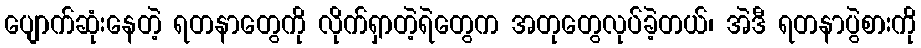
ပျောက်ဆုံးနေတဲ့ ရတနာတွေကို လိုက်ရှာတဲ့ရဲတွေက အတုတွေလုပ်ခဲ့တယ်၊ အဲဒီ ရတနာပွဲစားကို